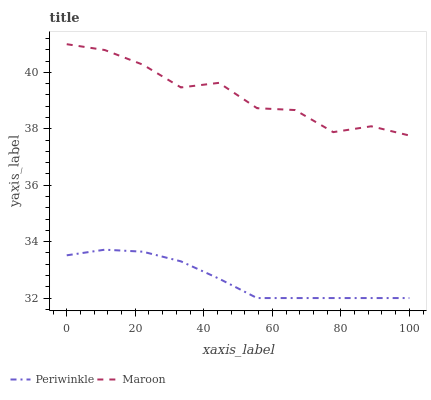
| xaxis_label | Periwinkle | Maroon |
 | --- | --- | --- |
 | 0 | 33.5 | 41 |
 | 11.1 | 33.7 | 40.8 |
 | 22.2 | 33.6 | 40.3 |
 | 33.3 | 33.3 | 39.5 |
 | 44.4 | 32.7 | 39.6 |
 | 55.6 | 32 | 38.7 |
 | 66.7 | 32 | 38.7 |
 | 77.8 | 32 | 37.9 |
 | 88.9 | 32 | 38.1 |
 | 100 | 32 | 37.8 |